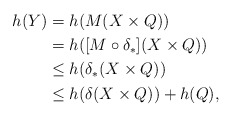
\begin{align*} h(Y) &=h(M(X \times Q))\\ &= h([M \circ \delta_*](X \times Q))\\ &\leq h(\delta_*(X \times Q))\\ &\leq h(\delta(X \times Q))+h(Q), \end{align*}